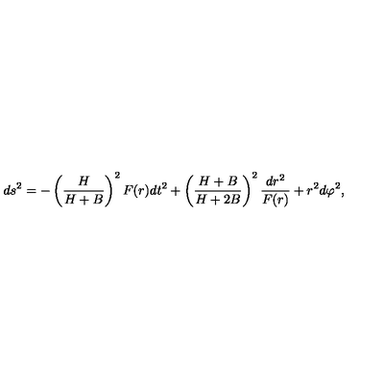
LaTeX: d s ^ { 2 } = - \left( \frac { H } { H + B } \right) ^ { 2 } F ( r ) d t ^ { 2 } + \left( \frac { H + B } { H + 2 B } \right) ^ { 2 } \frac { d r ^ { 2 } } { F ( r ) } + r ^ { 2 } d \varphi ^ { 2 } ,